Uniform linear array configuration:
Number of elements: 4
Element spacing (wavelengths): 1
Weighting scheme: blackman
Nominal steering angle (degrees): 30
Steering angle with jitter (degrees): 30.147
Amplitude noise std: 0.05
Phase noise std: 0.05

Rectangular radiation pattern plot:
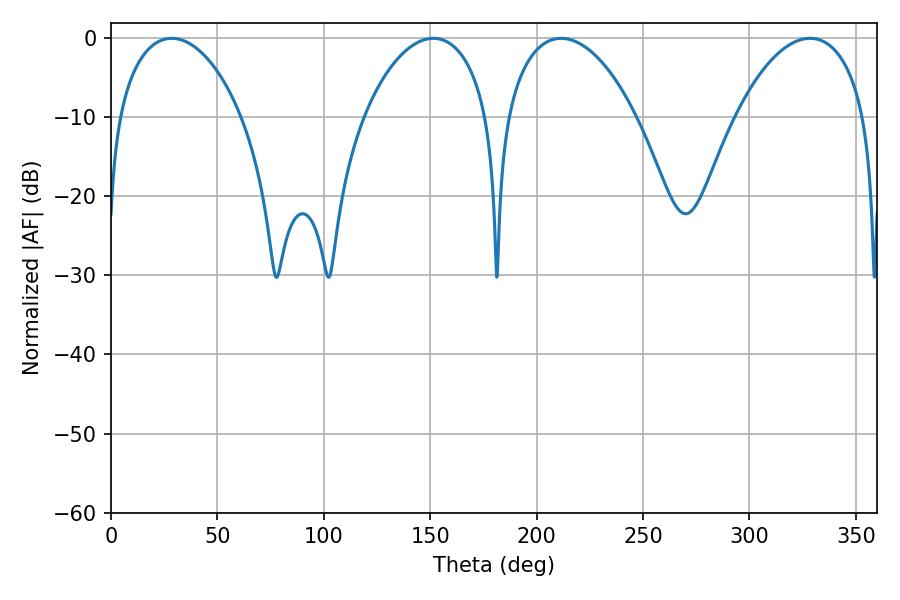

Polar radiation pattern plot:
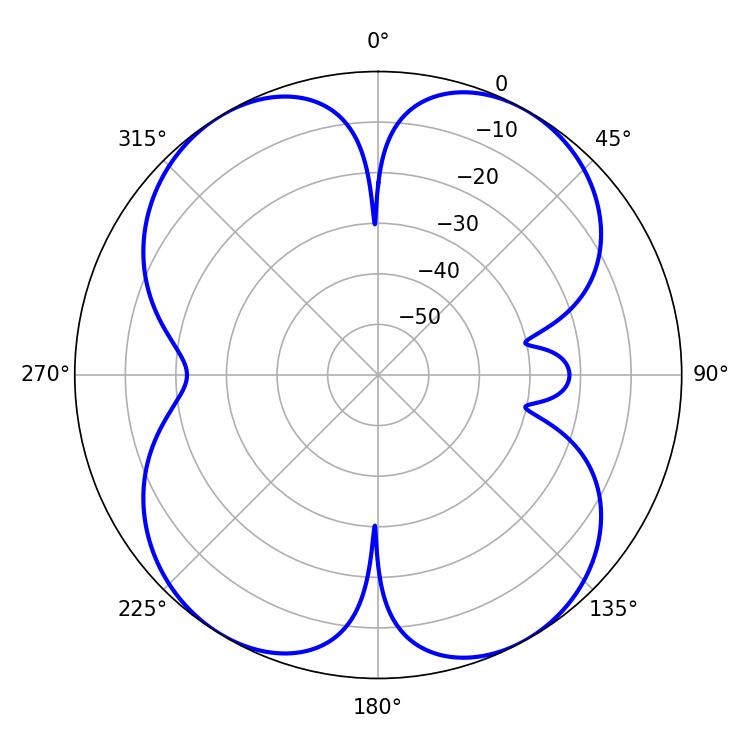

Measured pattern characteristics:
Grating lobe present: TRUE
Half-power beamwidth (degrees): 34.74
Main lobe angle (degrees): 211.5